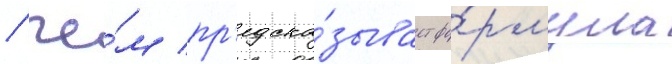
/ че́м пр'едска́зывает фо́рмула